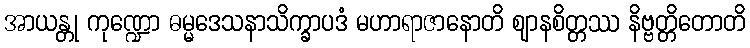
အာယန္တု ကုဏ္ဍော ဓမ္မဒေသနာသိက္ခာပဒံ မဟာရာဇာနောတိ ဈာနစိတ္တဿ နိဗ္ဗတ္တိတောတိ